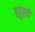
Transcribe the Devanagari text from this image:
बहुरुपे